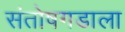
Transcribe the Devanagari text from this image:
संतोषगडाला